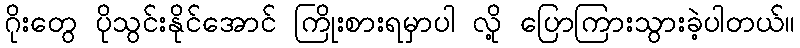
ဂိုးတွေ ပိုသွင်းနိုင်အောင် ကြိုးစားရမှာပါ လို့ ပြောကြားသွားခဲ့ပါတယ်။